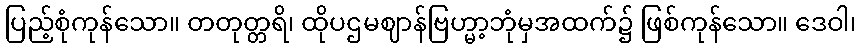
ပြည့်စုံကုန်သော။ တတုတ္တရိ၊ ထိုပဌမဈာန်ဗြဟ္မာ့ဘုံမှအထက်၌ ဖြစ်ကုန်သော။ ဒေဝါ၊